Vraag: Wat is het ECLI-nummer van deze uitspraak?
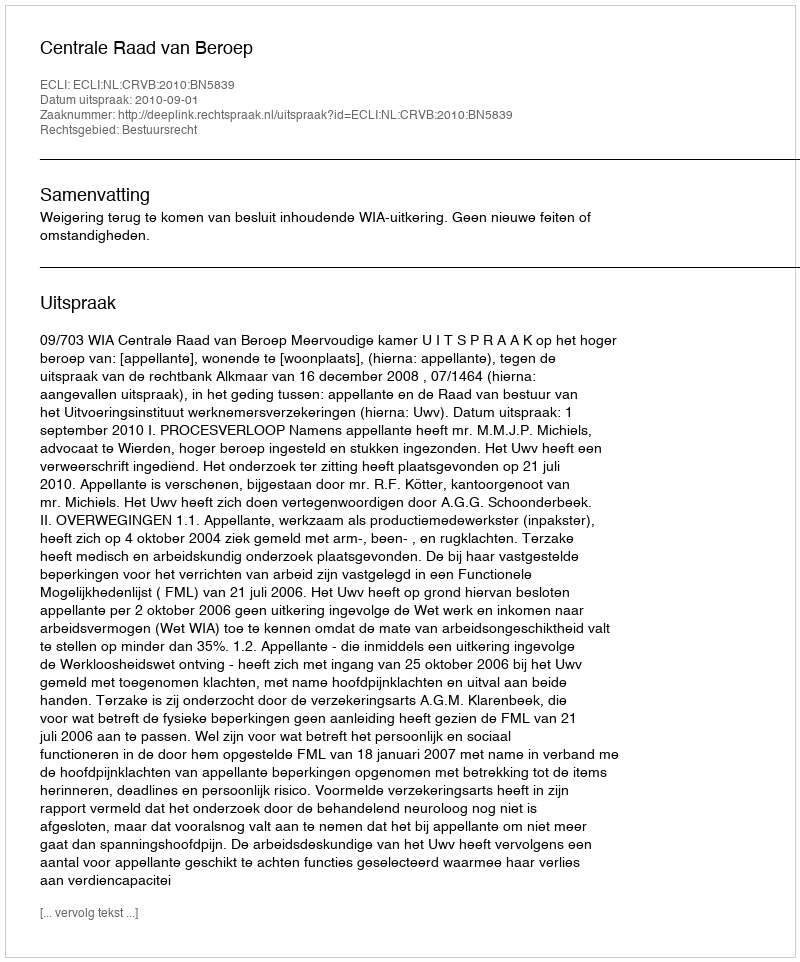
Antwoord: ECLI:NL:CRVB:2010:BN5839